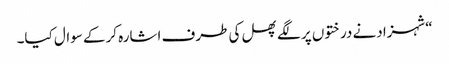
“شہزادنے درختوں پر لگے پھل کی طرف اشارہ کرکے سوال کیا۔